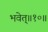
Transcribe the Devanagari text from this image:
भवेत्‌॥१०॥